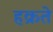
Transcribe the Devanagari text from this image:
हक्रते